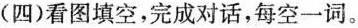
(四)看图填空,完成对话,每空一词。